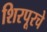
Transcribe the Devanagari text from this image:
शिरपूरचे